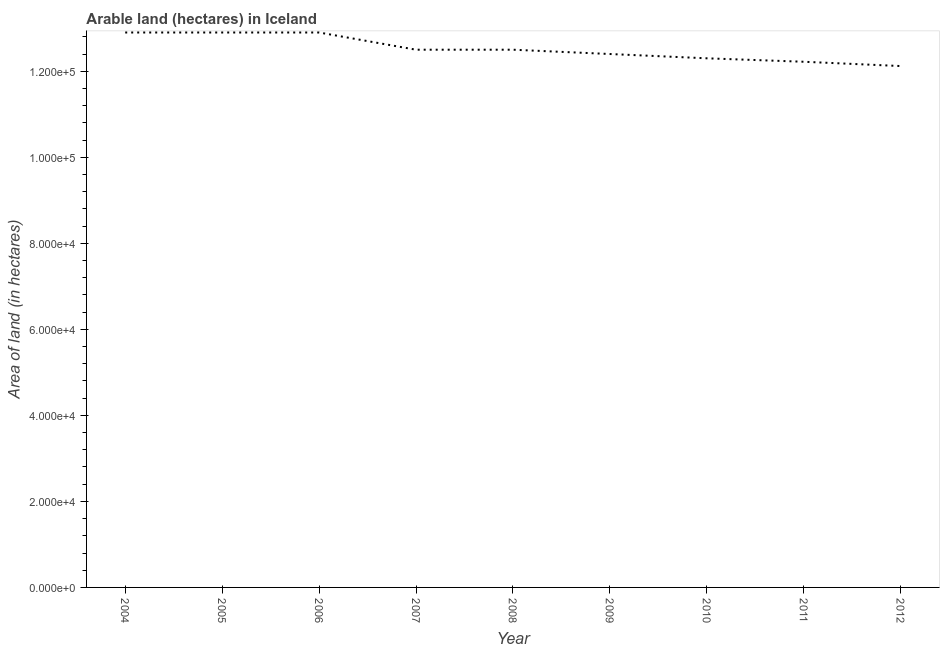
| Year | Area of land |
 | --- | --- |
 | 2004 | 1.29e+05 |
 | 2005 | 1.29e+05 |
 | 2006 | 1.29e+05 |
 | 2007 | 1.25e+05 |
 | 2008 | 1.25e+05 |
 | 2009 | 1.24e+05 |
 | 2010 | 1.23e+05 |
 | 2011 | 1.22e+05 |
 | 2012 | 1.21e+05 |